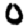
Digit: 0